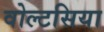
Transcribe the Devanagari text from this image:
वोल्टसिया